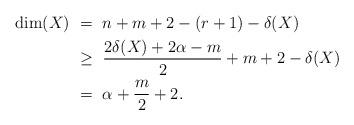
LaTeX: \begin{align*}\dim(X) \ &= \ n + m + 2 - (r+1) - \delta(X) \\&\ge \ \frac{2 \delta(X) + 2 \alpha - m}{2}+ m + 2 - \delta(X) \\&= \ \alpha + \frac{m}{2} + 2.\end{align*}